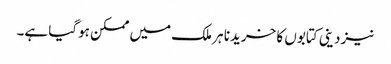
نیز دینی کتابوں کا خریدنا ہر ملک میں ممکن ہوگیا ہے۔